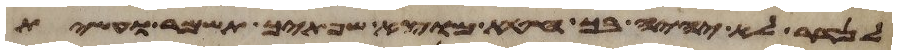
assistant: לנדר לא יהיה בך חטא מוצא שפתיך תשמר ועשית